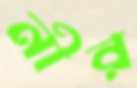
নীর